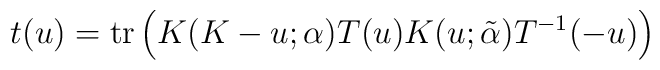
t(u)={\rm tr}\left(K(K-u;{\bf \alpha})T(u)K(u;\tilde{\bf\alpha})T^{-1}(-u)\right)